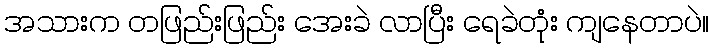
အသားက တဖြည်းဖြည်း အေးခဲ လာပြီး ရေခဲတုံး ကျနေတာပဲ။